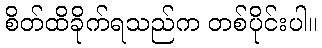
စိတ်ထိခိုက်ရသည်က တစ်ပိုင်းပါ။